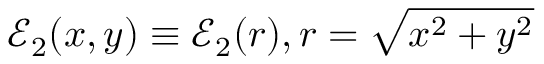
\mathcal { E } _ { 2 } ( x , y ) \equiv \mathcal { E } _ { 2 } ( r ) , r = \sqrt { x ^ { 2 } + y ^ { 2 } }